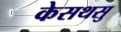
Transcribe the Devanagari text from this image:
केसथसु